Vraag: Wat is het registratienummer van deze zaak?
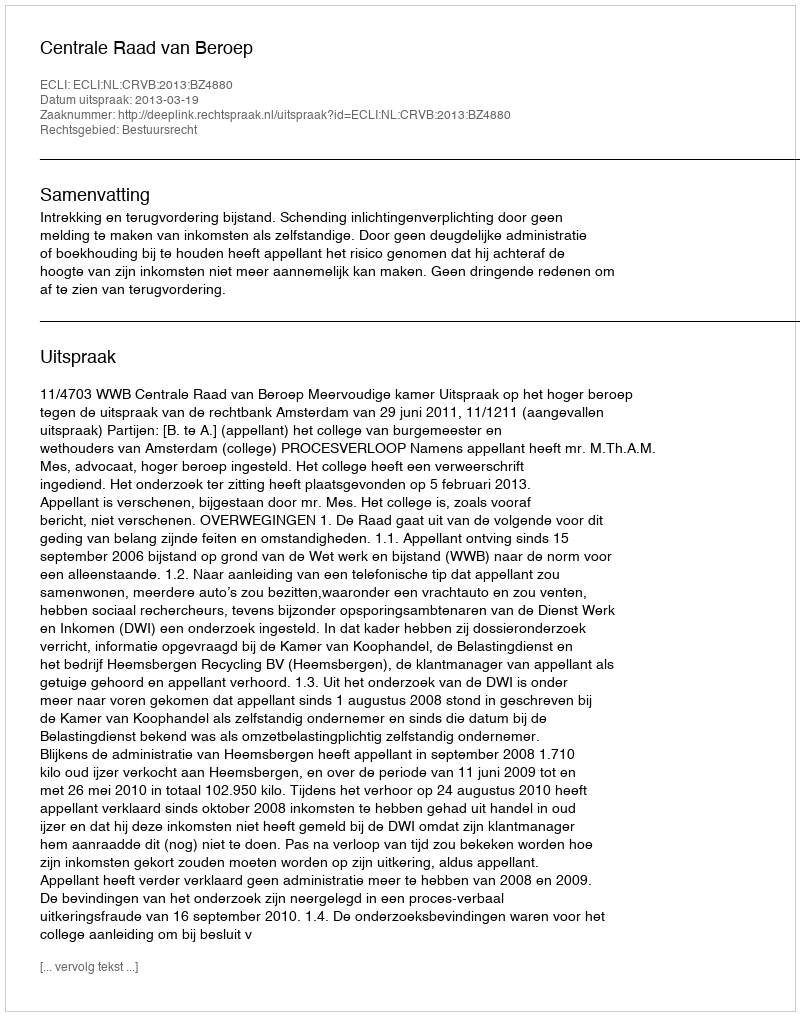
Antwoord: http://deeplink.rechtspraak.nl/uitspraak?id=ECLI:NL:CRVB:2013:BZ4880